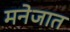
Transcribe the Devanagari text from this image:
मनेजात